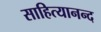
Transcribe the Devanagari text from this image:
साहित्यानन्द